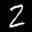
Label: 2